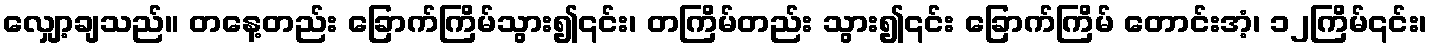
လျှော့ချသည်။ တနေ့တည်း ခြောက်ကြိမ်သွား၍၎င်း၊ တကြိမ်တည်း သွား၍၎င်း ခြောက်ကြိမ် တောင်းအံ့၊ ၁၂ကြိမ်၎င်း၊